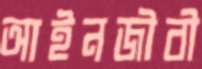
আইনজীবী